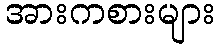
အားကစားများ